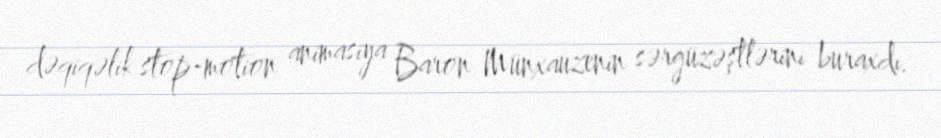
dəqiqəlik stop-motion animasiya Baron Münxauzenin sərgüzəştlərini buraxdı.